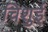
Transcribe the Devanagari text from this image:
चिशुई